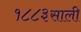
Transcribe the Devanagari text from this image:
१८८३साली